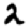
Digit: 2